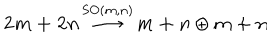
{ \bf { 2 m + 2 n } } \, { \stackrel { \mathrm { S O } ( m , n ) } { \longrightarrow } } \, { \bf { m + n } } \oplus { \bf { m + n } }